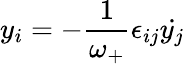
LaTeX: y_{i}=-\frac{1}{\omega_{+}}\epsilon_{ij}{\dot{y_{j}}}